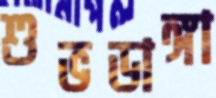
শুভডাঙ্গা